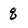
Character: q